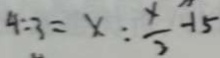
4 : 3 = x : \frac { x } { 2 } - 1 5